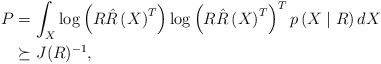
\begin{align*}P & =\int_X \log \left( R\hat R \left( X \right)^T \right) \log \left( R\hat R \left( X \right)^T \right)^T p \left( X \mid R \right) dX \\ & \succeq J(R)^{-1} ,\end{align*}